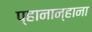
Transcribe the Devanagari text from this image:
प्हानान्हाना